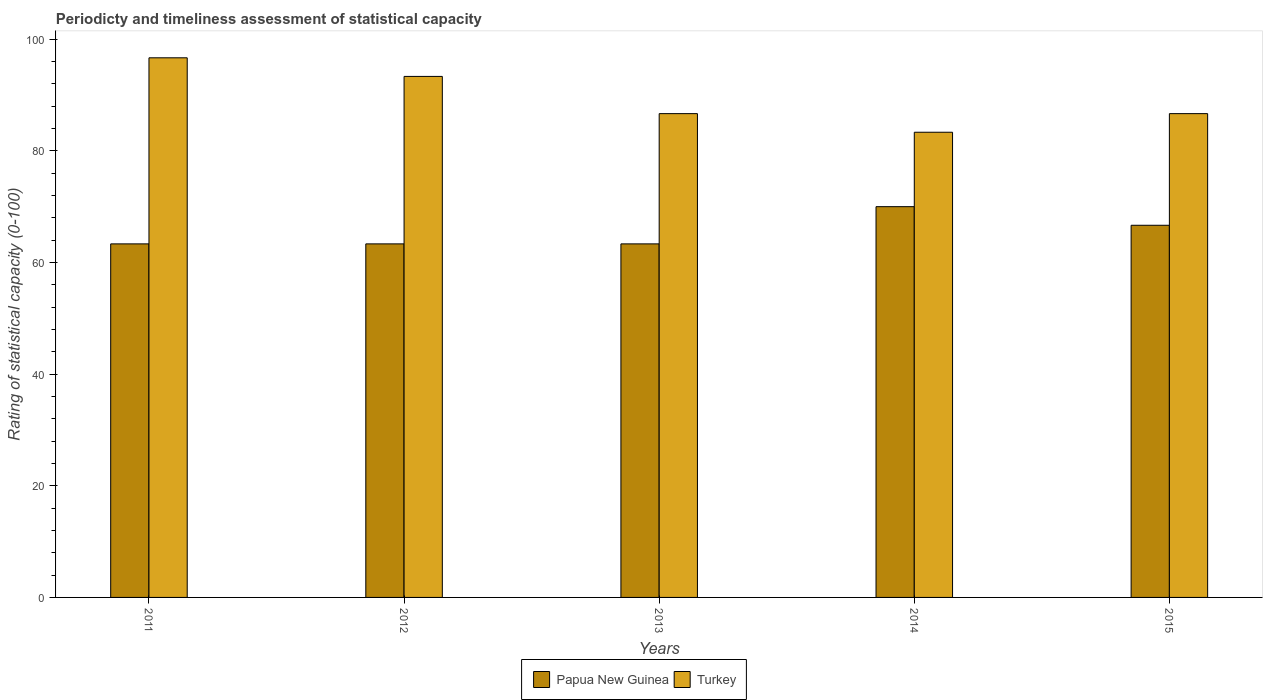
| Years | Papua New Guinea | Turkey |
 | --- | --- | --- |
 | 2011 | 63.3 | 96.7 |
 | 2012 | 63.3 | 93.3 |
 | 2013 | 63.3 | 86.7 |
 | 2014 | 70 | 83.3 |
 | 2015 | 66.7 | 86.7 |